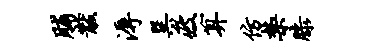
脯黻溽巽疲算仿禁膝